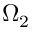
\Omega _ { 2 }